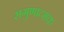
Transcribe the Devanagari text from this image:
सगुणात्मक